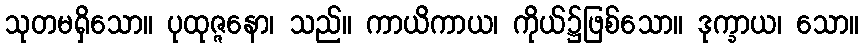
သုတမရှိသော။ ပုထုဇ္ဇနော၊ သည်။ ကာယိကာယ၊ ကိုယ်၌ဖြစ်သော။ ဒုက္ခာယ၊ သော။